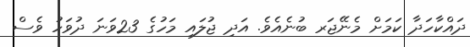
ދައްކާހަދާ ކަމަށް މެނޭޖަރ ބުނެއެވެ. އަދި ޖުލައި މަހުގެ 23ވަނަ ދުުވަހު ވެސް